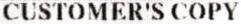
CUSTOMER'S COPY